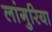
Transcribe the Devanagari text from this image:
लांगुरिया